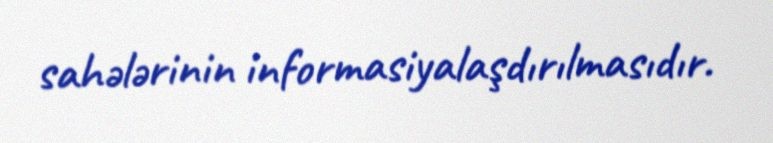
sahələrinin informasiyalaşdırılmasıdır.